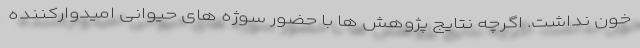
خون نداشت. اگرچه نتایج پژوهش ها با حضور سوژه های حیوانی امیدوارکننده